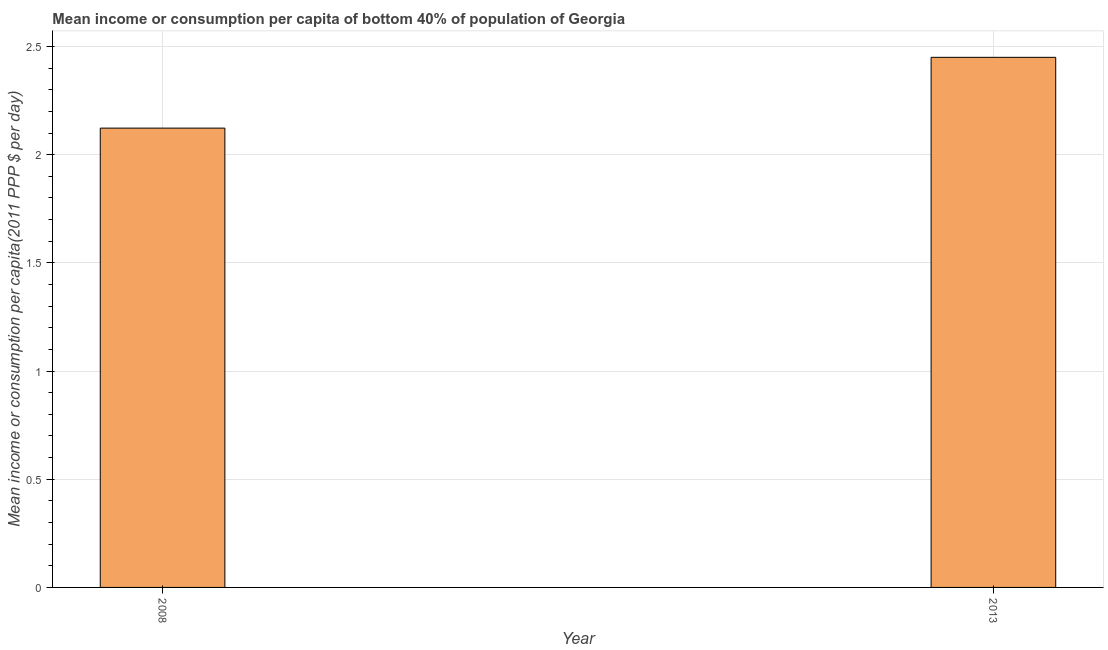
| Year | Bottom 40percent |
 | --- | --- |
 | 2008 | 2.12 |
 | 2013 | 2.45 |